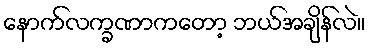
နောက်လက္ခဏာကတော့ ဘယ်အချိန်လဲ။